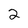
Character: 2